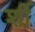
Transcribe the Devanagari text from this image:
र्शी